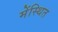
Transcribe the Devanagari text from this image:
मेंस्थित